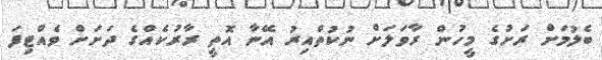
ބެލުމަށް ރަށުގެ މީހުން ރާވަލަށް ނުކުތްއިރު އޭނާ އޮތީ ރާރުކެއްގެ ދަށަށް ވެއްޓިފަ